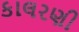
કાલરણી